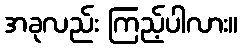
အခုလည်း ကြည့်ပါလား။